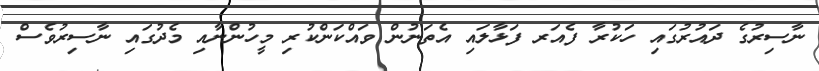
ނާސިރުގެ ދައުރުގައި ހަކުރާ ފެއަރ ފަޅާލައި އެތަނުން ވައްކަންކުރި މީހުންނާއި މެދުގައި ނާސިރުވެސް